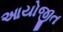
આયોજીત